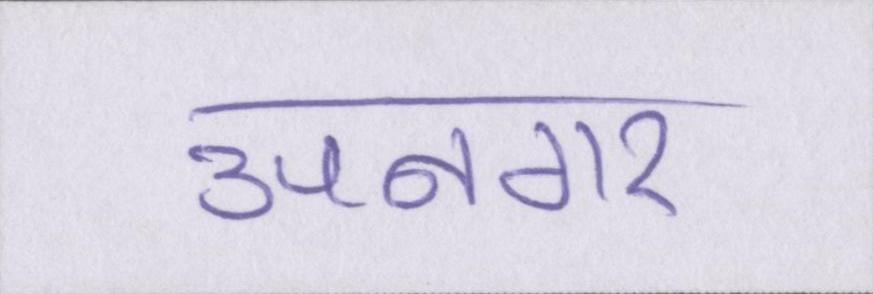
उपनगर